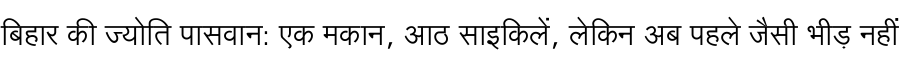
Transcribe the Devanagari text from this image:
बिहार की ज्योति पासवान: एक मकान, आठ साइकिलें, लेकिन अब पहले जैसी भीड़ नहीं